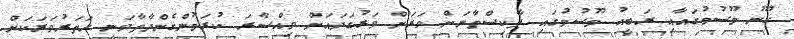
ހޫނު މޫސުމުގައާއި ރަބީއު މޫސުމުގައި ޕާކިސްތާނަށް ވަރަށް ވަރުގަދައަށް ވިއްސާރަ ކުރަމުންގެންދާތާވަނީ ހަތަރުވަރަކަށް